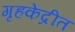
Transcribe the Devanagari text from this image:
गृहकेंद्रीत